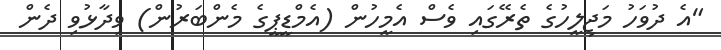
"އެ ދުވަހު މަޖިލީހުގެ ތެރޭގައި ވެސް އެމީހުން (އެމްޑީޕީގެ މެންބަރުން) ވިދާޅުވި ދެން